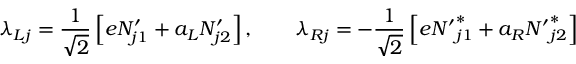
\lambda _ { L j } = { \frac { 1 } { \sqrt { 2 } } } \left[ e N _ { j 1 } ^ { \prime } + a _ { L } N _ { j 2 } ^ { \prime } \right] , \qquad \lambda _ { R j } = - { \frac { 1 } { \sqrt { 2 } } } \left[ e { N ^ { \prime } } _ { j 1 } ^ { * } + a _ { R } { N ^ { \prime } } _ { j 2 } ^ { * } \right]